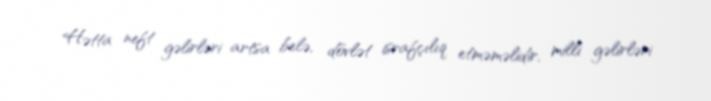
Hətta neft gəlirləri artsa belə, dövlət israfçılıq etməməlidir, milli gəlirləri